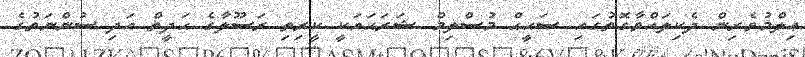
ޢިލްމުވެރިން ދެކިލައްވާގޮތުގައި ޞަޙީޙް މުސްލިމް ޝަރަޙައަކީ ކީރިތި ރަސޫލާގެ ޙަދީޡް އަދި ސުންނަތުގެ